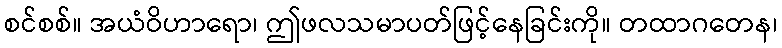
စင်စစ်။ အယံဝိဟာရော၊ ဤဖလသမာပတ်ဖြင့်နေခြင်းကို။ တထာဂတေန၊